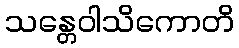
သန္တေဝါသိကောတိ